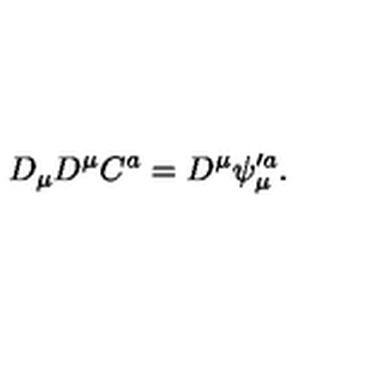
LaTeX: D _ { \mu } D ^ { \mu } C ^ { a } = D ^ { \mu } \psi _ { \mu } ^ { \prime a } .